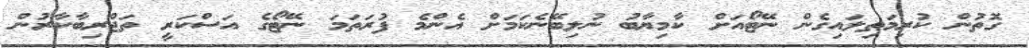
ގޮތުން ކުރިމަތިލައިގެން ނޭޓޯއަށް ކާމިޔާބު ނުލިބޭނެކަމަށް އެންމެ ފުރަތަމަ ނޭޓޯގެ އަސްކަރީ ތަޖްރިބާކާރުން